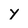
Character: y